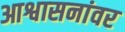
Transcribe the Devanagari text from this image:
आश्वासनांवर